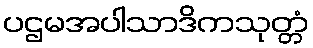
ပဌမအပါသာဒိကသုတ္တံ